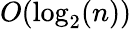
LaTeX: O(\log_{2}(n))